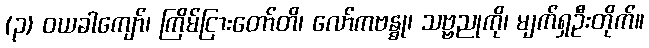
(၃) ဝယခါကျော်၊ ကြိမ်ငြားတော်တိ၊ လော်ကဗန္ဓု၊ သဗ္ဗညုကို၊ မျက်ရှဦးတိုက်။